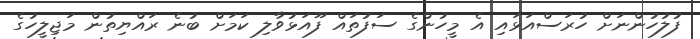
ފުލުހުންނަށް ހުރަސްއަޅައި އެ މީހުންގެ ސަފުތައް ފޫއަޅުވާލި ކަމަށް ބުނެ ރައްޔިތުން މަޖިލީހުގެ